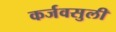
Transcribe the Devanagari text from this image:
कर्जवसुली